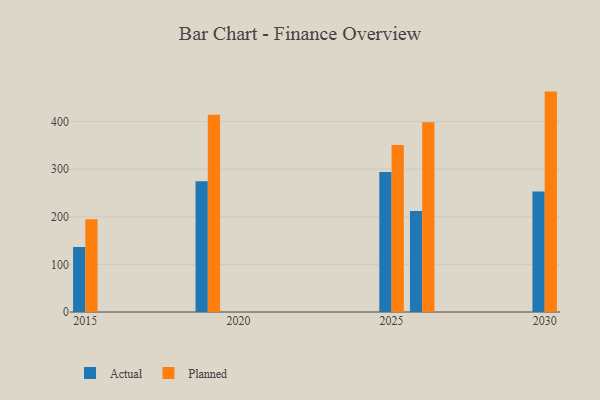
{"axis": {"x": "Year", "y": "Customer Acquisition Cost (USD)"}, "legend": ["Actual", "Planned"], "data": [{"x": "2019", "y": 274.5, "type": "Actual"}, {"x": "2019", "y": 414.4, "type": "Planned"}, {"x": "2025", "y": 294.0, "type": "Actual"}, {"x": "2025", "y": 350.6, "type": "Planned"}, {"x": "2015", "y": 136.7, "type": "Actual"}, {"x": "2015", "y": 194.6, "type": "Planned"}, {"x": "2030", "y": 252.9, "type": "Actual"}, {"x": "2030", "y": 462.9, "type": "Planned"}, {"x": "2026", "y": 212.1, "type": "Actual"}, {"x": "2026", "y": 398.3, "type": "Planned"}]}